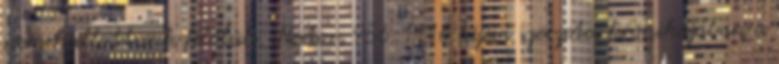
nem hallottunk felőlük. „Nestor, 956-1116 kijevi szerzetes krónikájában a